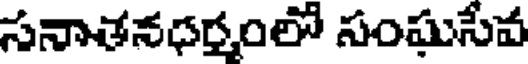
సనాతనధర్మంలో సంఘసేవ